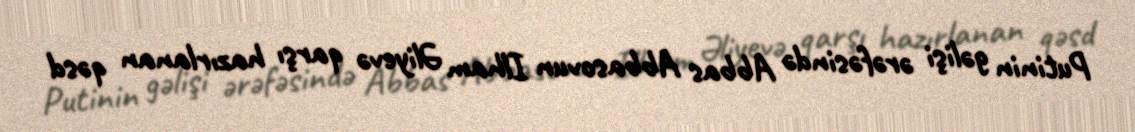
Putinin gəlişi ərəfəsində Abbas Abbasovun Ilham Əliyevə qarşı hazırlanan qəsd